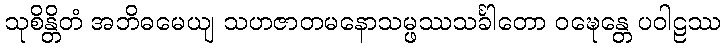
သုစိန္တိတံ အဘိဓမေယျ သဟဇာတမနောသမ္ဖဿသင်္ခါတော ဝဍ္ဎေန္တေ ပဝါဠဿ